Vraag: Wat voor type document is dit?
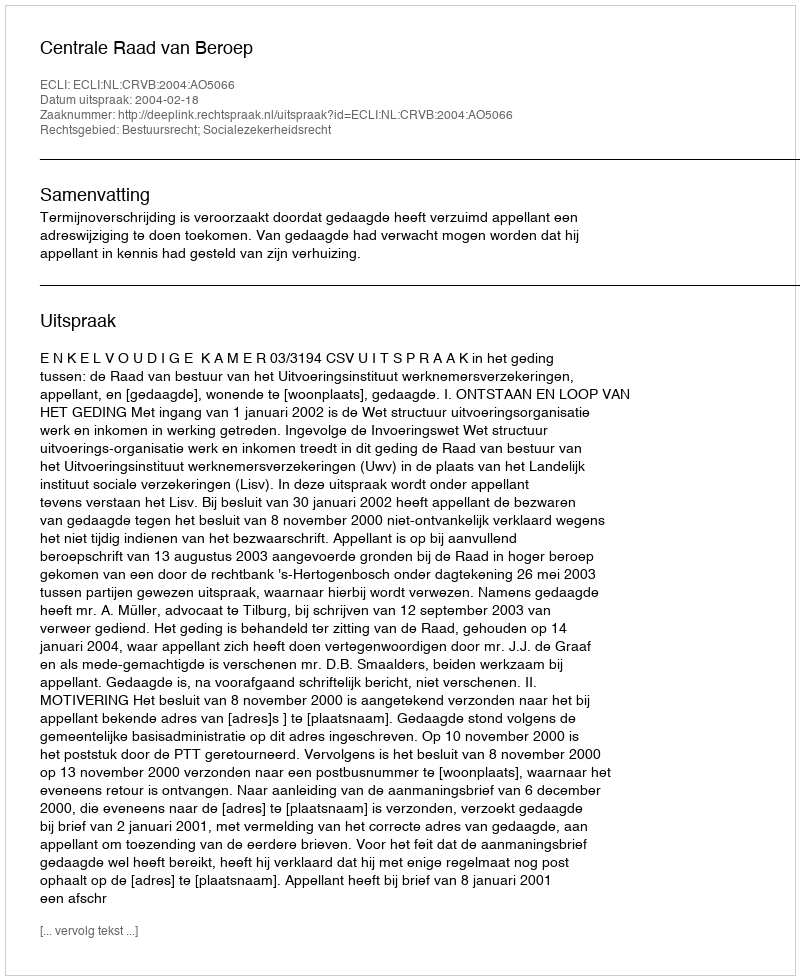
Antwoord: Uitspraak